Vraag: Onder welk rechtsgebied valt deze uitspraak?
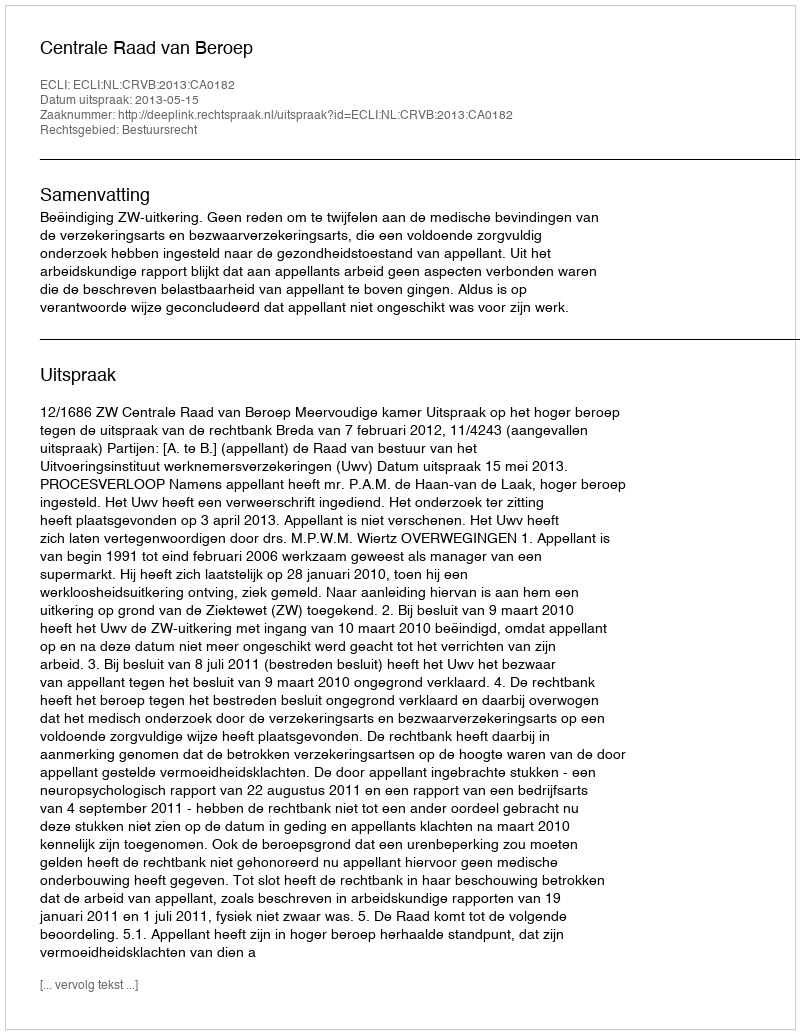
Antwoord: Bestuursrecht